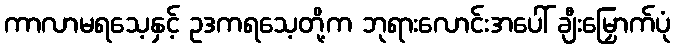
ကာလာမရသေ့နှင့် ဥဒကရသေ့တို့က ဘုရားလောင်းအပေါ် ချီးမြှောက်ပုံ